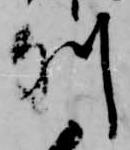
列